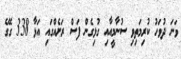
ވަނަ ދުވަހު ކުރިމަތިވި ސުނާމީއާއި ގުޅިގެން ފަސް ރަށެއްގައި އަޅާ 338 ގޭގެ